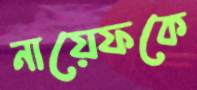
নায়েফকে